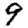
Digit: 9